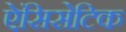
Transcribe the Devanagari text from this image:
ऐंसिसेटिक